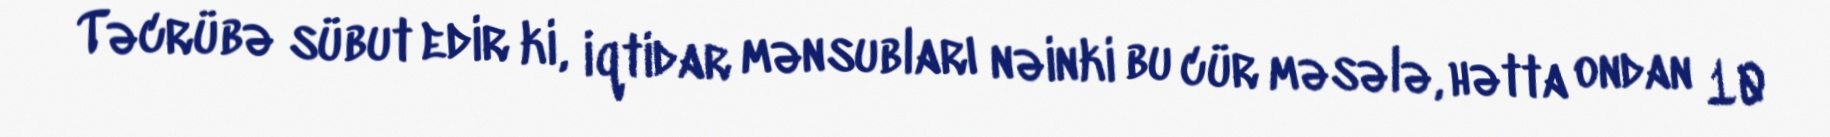
Təcrübə sübut edir ki, iqtidar mənsubları nəinki bu cür məsələ, hətta ondan 10